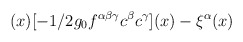
\begin{align*}(x)[-1/2g_{0}f^{\alpha \beta \gamma }c^{\beta }c^{\gamma }](x)-\xi ^{\alpha }(x)\end{align*}